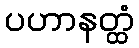
ပဟာနတ္ထံ